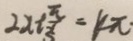
2 x + \frac { \pi } { 3 } = k \pi \cdot